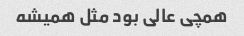
همچی عالی بود مثل همیشه